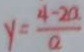
y = \frac { 4 - 2 a } { a }